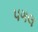
પગલ